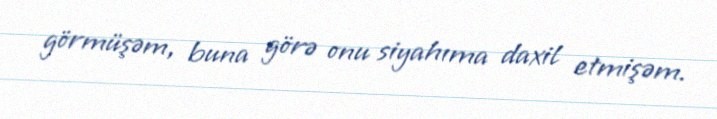
görmüşəm, buna görə onu siyahıma daxil etmişəm.